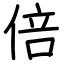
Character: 倍